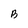
Character: B